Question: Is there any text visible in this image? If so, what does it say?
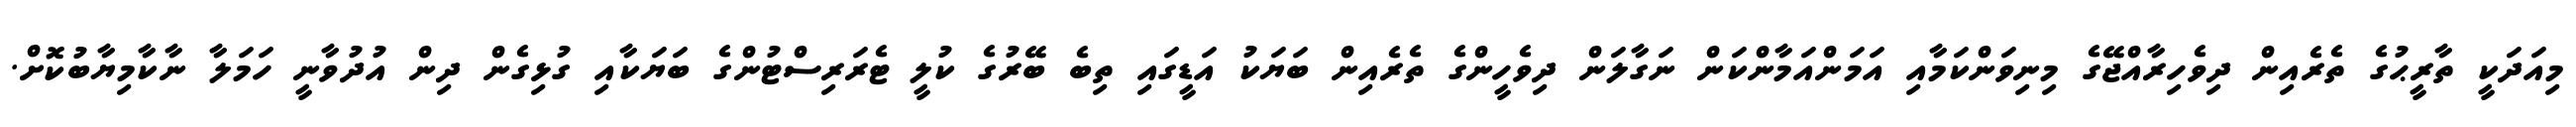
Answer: މިއަދަކީ ތާރީޙުގެ ތެރެއިން ދިވެހިރާއްޖޭގެ މިނިވަންކަމާއި އަމަންއަމާންކަން ނަގާލަން ދިވެހީންގެ ތެރެއިން ބަޔަކު އަޑީގައި ތިބެ ބޭރުގެ ކުލީ ޓެރަރިސްޓުންގެ ބަޔަކާއި ގުޅިގެން ދިން އުދުވާނީ ހަމަލާ ނާކާމިޔާބުކޮށް.